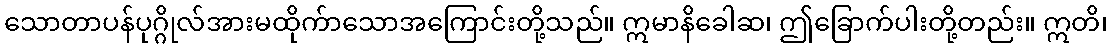
သောတာပန်ပုဂ္ဂိုလ်အားမထိုက်ာသောအကြောင်းတို့သည်။ ဣမာနိခေါဆ၊ ဤခြောက်ပါးတို့တည်း။ ဣတိ၊